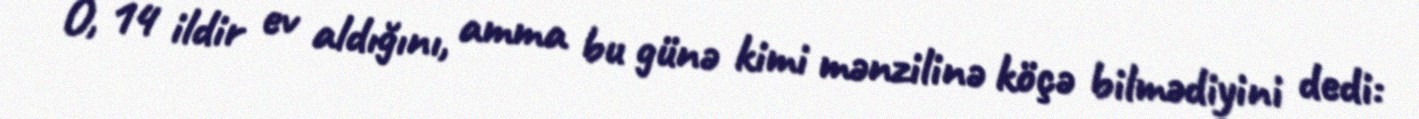
O, 14 ildir ev aldığını, amma bu günə kimi mənzilinə köçə bilmədiyini dedi: